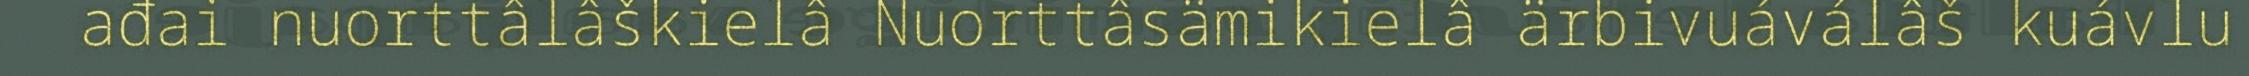
ađai nuorttâlâškielâ Nuorttâsämikielâ ärbivuáválâš kuávlu